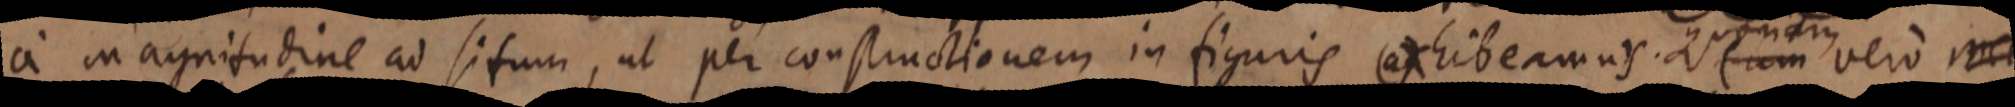
a magnitudine ad situm, ut per constructionem in figuris ex hibeamus um vero